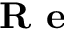
\textbf { R e }